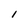
Character: 1